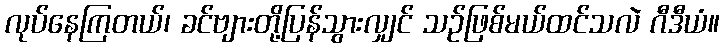
လုပ်နေကြတယ်၊ ခင်ဗျားတို့ပြန်သွားလျှင် သဉ်ဖြစ်မယ်ထင်သလဲ ဂီဒီယံ။